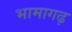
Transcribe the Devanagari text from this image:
भामागढ़